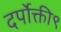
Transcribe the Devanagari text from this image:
दर्पोक्ती९